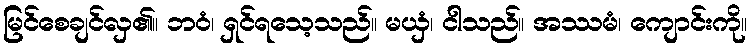
မြင်စေချင်လှ၏။ ဘဝံ၊ ရှင်ရသေ့သည်။ မယှံ၊ ငါသည်။ အဿမံ၊ ကျောင်းကို။